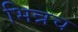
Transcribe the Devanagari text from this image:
भिन्नच